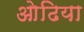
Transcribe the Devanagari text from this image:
ओढिया